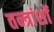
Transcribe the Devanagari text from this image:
तन्त्रांशों